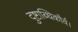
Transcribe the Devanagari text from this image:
दुष्टाब्धिकौर्व।